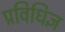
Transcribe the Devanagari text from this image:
प्रविधिज्ञ